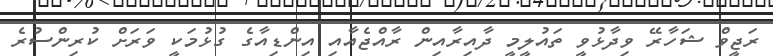
ރަޖީވް ޝަހާރޭ ވިދާޅުވީ ތައުލީމީ ދާއިރާއިން ރާއްޖެއާއި އިންޑިއާގެ ގުޅުމަކީ ވަރަށް ކުރިންސުރެ